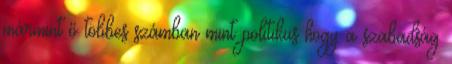
mármint ő többes számban mint politikus hogy a szabadság